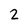
Character: 2